Juri_Uluots, lk 2
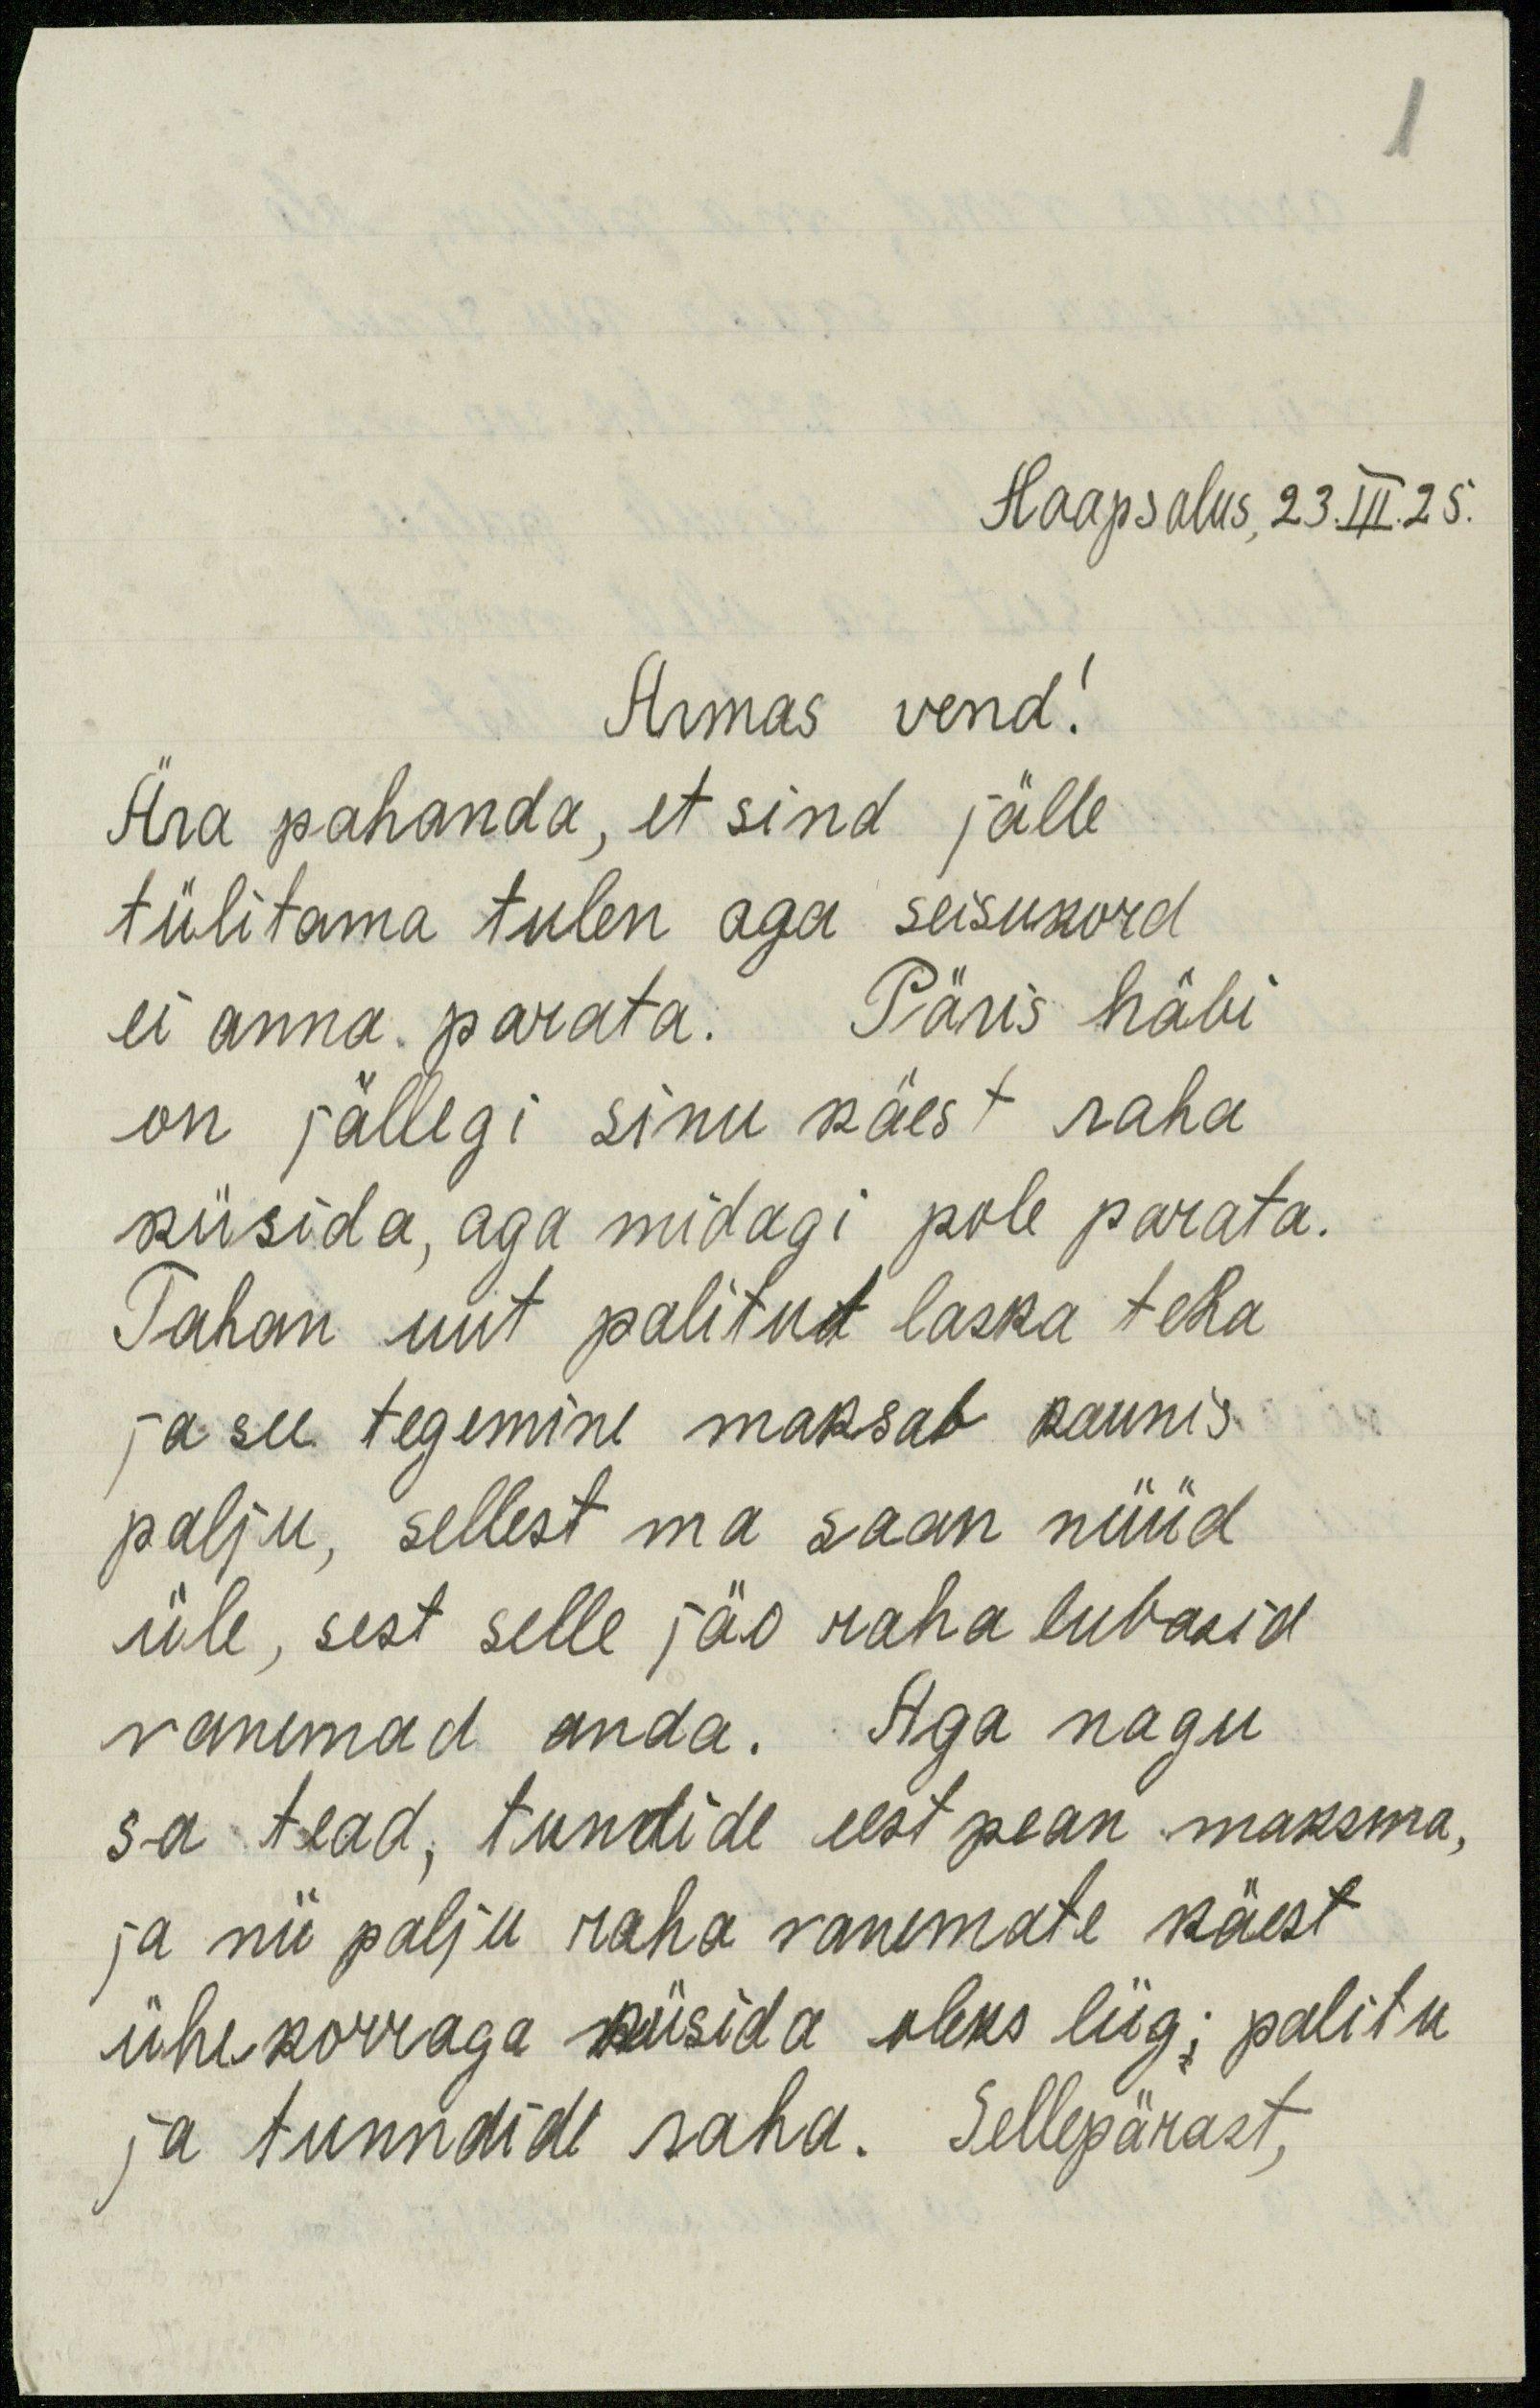
Haapsalus, 23.III.25.
Armas vend!
Ära pahanda, et sind jälle
tülitama tulen aga seisukord
ei anna parata. Päris häbi
on jällegi sinu käest raha
küsida, aga midagi pole parata.
Tahan uut palitut laska teha
ja see tegemine maksab kaunis
palju, sellest ma saan nüüd
üle, sest selle jäo raha lubasid
vanemad anda. Aga nagu
sa tead, tundide eest pean maksma,
ja nii palju raha vanemate käest
ühekorraga küsida oleks liig; palitu
ja tunndide raha. Sellepärast,